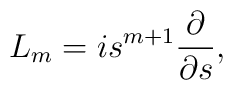
{L}_m=is^{m+1}\frac{\partial}{\partial s},\;